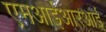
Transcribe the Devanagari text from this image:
एमआईआरआई